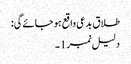
طلاق بدعی واقع ہو جائےگی:
دلیل نمبر1۔